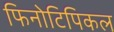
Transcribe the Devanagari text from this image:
फिनोटिपिकल